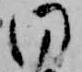
同